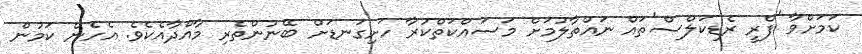
ކަމަށްވާ 'ފްރީ ރެޑިކަލްސް'ތައް ނައްތާލުމަށް މަސައްކަތްކުރާ ހަށިގަނޑަށް ބޭނުންތެރި މާއްދާއެކެވެ. އެހެން ކަމުން